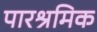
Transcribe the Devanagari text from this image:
पारश्रमिक